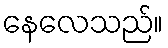
နေလေသည်။